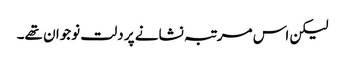
لیکن اس مرتبہ نشانے پر دلت نوجوان تھے۔